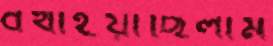
বখাইয়াছিলাম